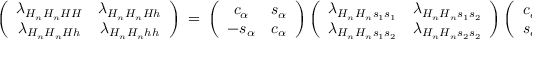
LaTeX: \left( \begin{array} { c c } { { \lambda _ { H _ { n } H _ { n } H H } } } & { { \lambda _ { H _ { n } H _ { n } H h } } } \\ { { \lambda _ { H _ { n } H _ { n } H h } } } & { { \lambda _ { H _ { n } H _ { n } h h } } } \end{array} \right) \ = \ \left( \begin{array} { c c } { { c _ { \alpha } } } & { { s _ { \alpha } } } \\ { { - s _ { \alpha } } } & { { c _ { \alpha } } } \end{array} \right) \left( \begin{array} { c c } { { \lambda _ { H _ { n } H _ { n } s _ { 1 } s _ { 1 } } } } & { { \lambda _ { H _ { n } H _ { n } s _ { 1 } s _ { 2 } } } } \\ { { \lambda _ { H _ { n } H _ { n } s _ { 1 } s _ { 2 } } } } & { { \lambda _ { H _ { n } H _ { n } s _ { 2 } s _ { 2 } } } } \end{array} \right) \left( \begin{array} { c c } { { c _ { \alpha } } } & { { - s _ { \alpha } } } \\ { { s _ { \alpha } } } & { { c _ { \alpha } } } \end{array} \right) ~ .